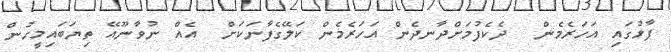
ފާޅުގައި އަހަރެމެން  ދެކެފުމަށްދާނދެން އަހަރެމެން ކަލޭގެފާނަކަށް  އެއް ނުވާނޫއޭ ތިޔަބައިމީހުން